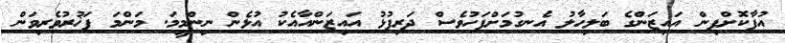
އުފާކޮށްފިން އައިޒަންގެ ބަލިހާލު އެނގުމަށްފަހުވެސް ދަރިފުޅު އައިޒަންއާއެކު އުޅެން ނިންމީމަ. މަންމަ ފަޚުރުވެރިވަން